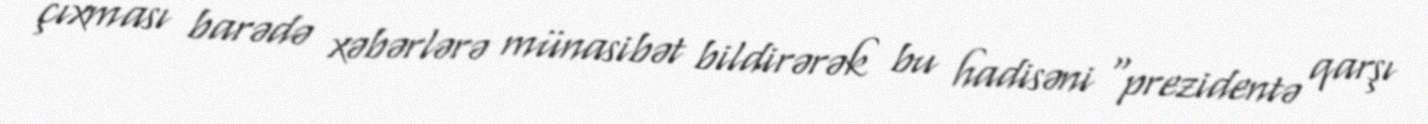
çıxması barədə xəbərlərə münasibət bildirərək bu hadisəni “prezidentə qarşı